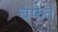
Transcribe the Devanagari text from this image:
बफेत